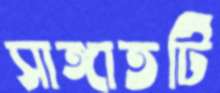
সাঙ্গাতটি